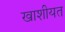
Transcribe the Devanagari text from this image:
खाशीयत